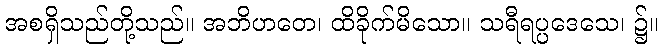
အစရှိသည်တို့သည်။ အဘိဟတေ၊ ထိခိုက်မိသော။ သရီရပ္ပဒေသေ၊ ၌။